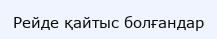
Рейде қайтыс болғандар